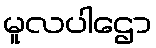
မူလပါဌော